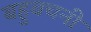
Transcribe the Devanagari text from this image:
बहुवचनी